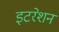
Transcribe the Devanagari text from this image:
इटरेशन